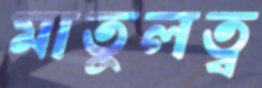
মাতুলত্ব